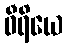
ဝီရိယေ